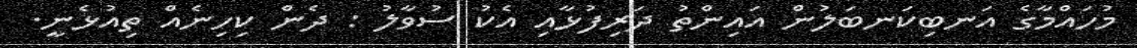
މުހައްމާގެ އަނބިކަނބަލުން އައިންތު ދަރިފުޅާއި އެކު ސުވާލު : ދެން ކިހިނެއް ތިއުޅެނީ.